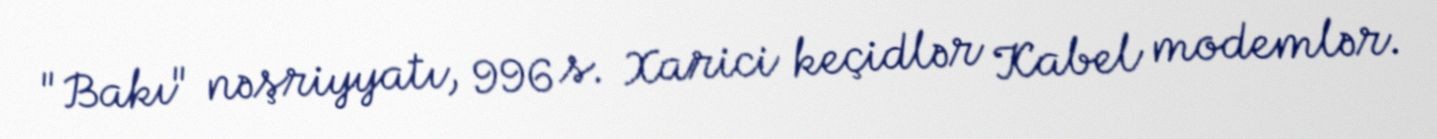
"Bakı" nəşriyyatı, 996 s. Xarici keçidlər Kabel modemlər.